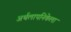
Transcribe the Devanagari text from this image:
अर्थलापनिकेला